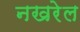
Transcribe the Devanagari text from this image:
नखरेल